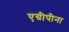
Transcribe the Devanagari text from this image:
एग्रीपीना